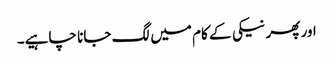
اور پھر نیکی کے کام میں لگ جانا چاہیے۔